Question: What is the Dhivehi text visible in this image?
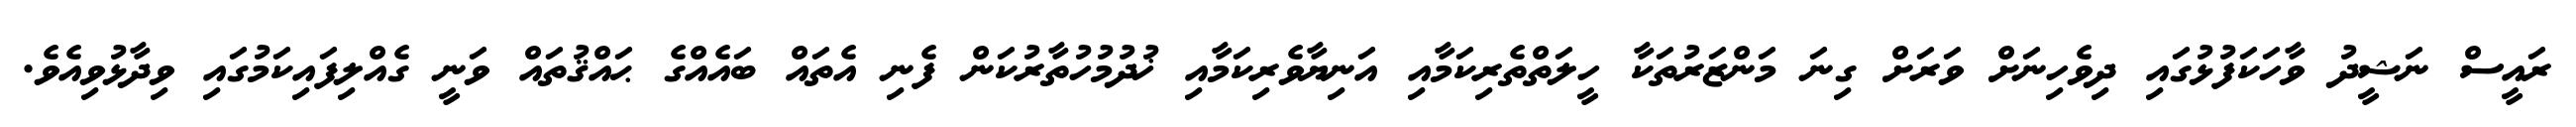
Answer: ރައީސް ނަޝީދު ވާހަކަފުޅުގައި ދިވެހިނަށް ވަރަށް ގިނަ މަންޒަރުތަކާ ހީލަތްތެރިކަމާއި އަނިޔާވެރިކަމާއި ޚުދުމުހުތާރުކަން ފެނި އެތައް ބައެއްގެ ޙައްޤުތައް ވަނީ ގެއްލިފައިކަމުގައި ވިދާޅުވިއެވެ.